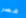
مصر